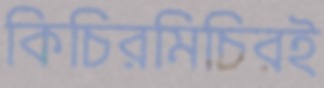
কিচিরমিচিরই